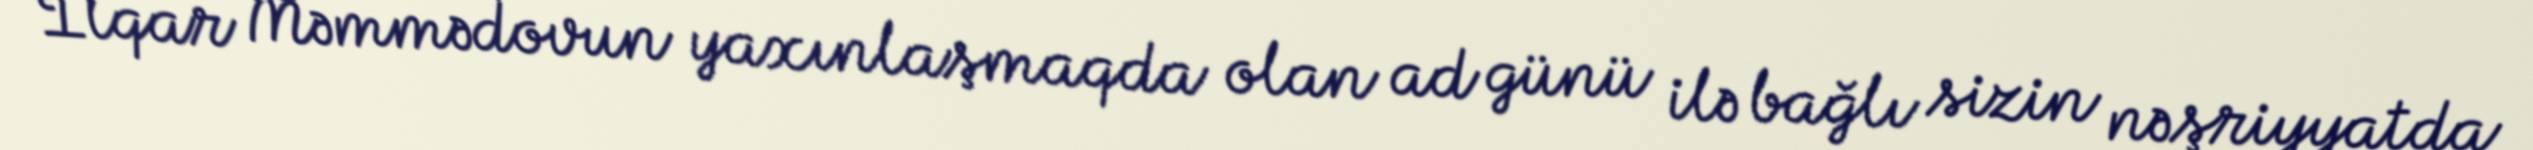
İlqar Məmmədovun yaxınlaşmaqda olan ad günü ilə bağlı sizin nəşriyyatda